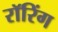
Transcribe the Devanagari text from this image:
रॉरिंग